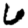
Digit: 6